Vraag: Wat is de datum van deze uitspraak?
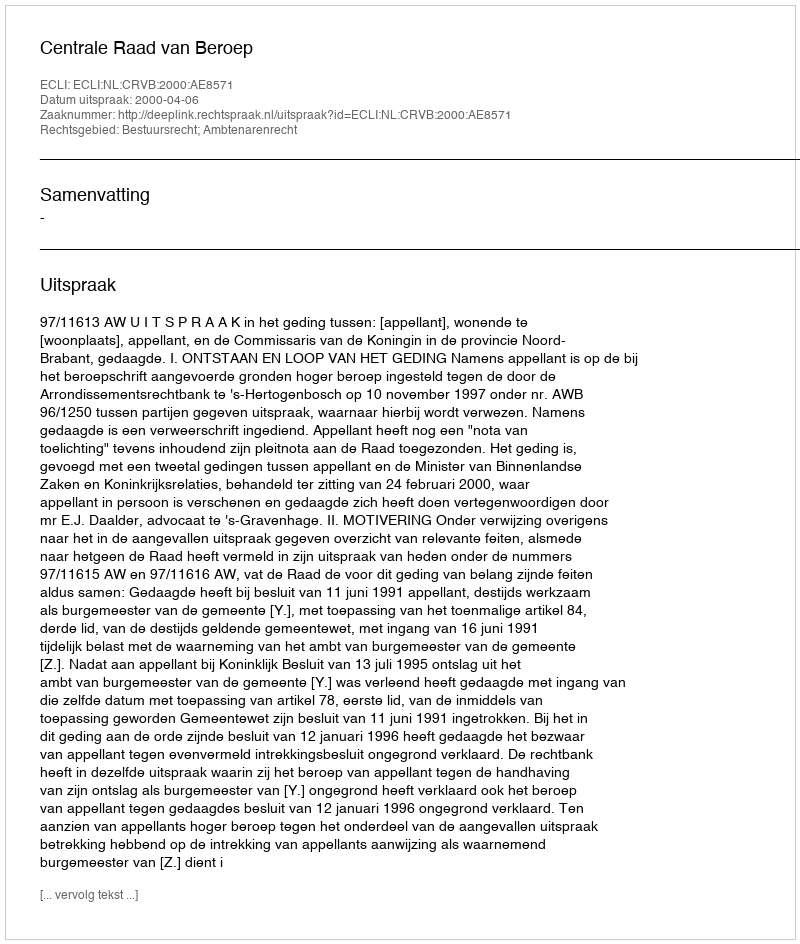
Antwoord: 2000-04-06